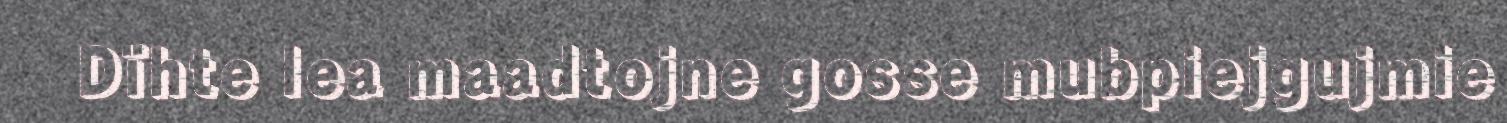
Dïhte lea maadtojne gosse mubpiejgujmie